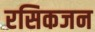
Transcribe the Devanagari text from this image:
रसिकजन